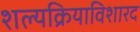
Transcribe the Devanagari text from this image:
शल्यक्रियाविशारद